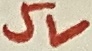
Text: 5V